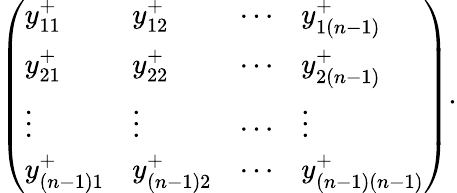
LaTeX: \left(\begin{array}{llll}{y_{11}^{+}}&{y_{12}^{+}}&{\cdots}&{y_{1(n-1)}^{+}}\\ {y_{21}^{+}}&{y_{22}^{+}}&{\cdots}&{y_{2(n-1)}^{+}}\\ {\vdots}&{\vdots}&{\cdots}&{\vdots}\\ {y_{(n-1)1}^{+}}&{y_{(n-1)2}^{+}}&{\cdots}&{y_{(n-1)(n-1)}^{+}}\end{array}\right).